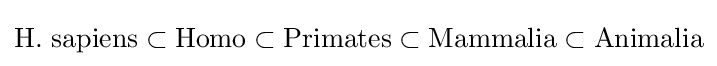
{\text{H. sapiens}}\subset {\text{Homo}}\subset {\text{Primates}}\subset {\text{Mammalia}}\subset {\text{Animalia}}